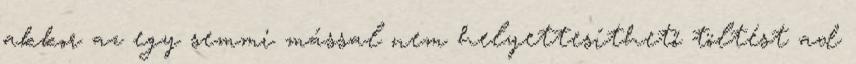
akkor az egy semmi mással nem helyettesíthető töltést ad